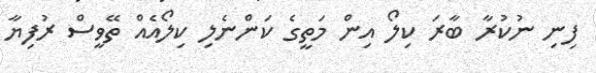
ފިނި ނުކުރާ ބާރަ ކިލޯ އިން މަތީގެ ކަންނެލި ކިލޯއެއް ތޭވީސް ރުފިޔާ